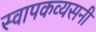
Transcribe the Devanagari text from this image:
स्वापकव्यसनी